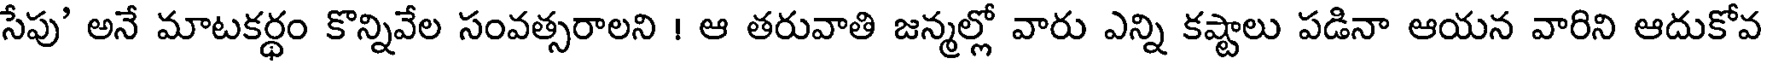
సేపు' అనే మాటకర్థం కొన్నివేల సంవత్సరాలని ! ఆ తరువాతి జన్మల్లో వారు ఎన్ని కష్టాలు పడినా ఆయన వారిని ఆదుకోవ